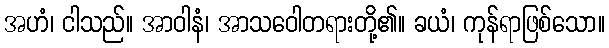
အဟံ၊ ငါသည်။ အာဝါနံ၊ အာသဝေါတရားတို့၏။ ခယံ၊ ကုန်ရာဖြစ်သော။